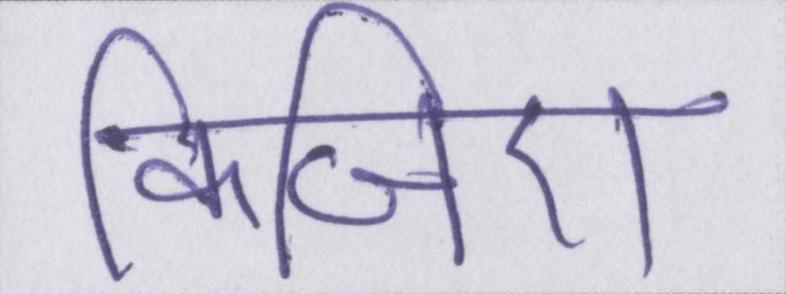
किजिए